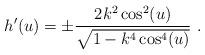
LaTeX: \begin{align*} h'(u)=\pm\frac{2k^2\cos^2(u)}{\sqrt{1-k^4\cos^4(u)}}~.\end{align*}